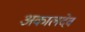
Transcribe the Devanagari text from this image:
अकालदेव